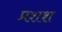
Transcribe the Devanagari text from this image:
प्रशश